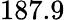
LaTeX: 187.9